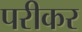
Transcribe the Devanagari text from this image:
परीकर